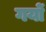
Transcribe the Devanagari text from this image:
गयों